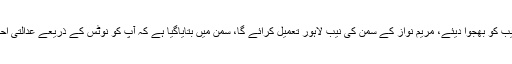
تفصیلات کے مطابق احتساب عدالت نے مریم نواز کے سمن تعمیل کے لیے نیب کو بھجوا دیئے، مریم نواز کے سمن کی نیب لاہور تعمیل کرائے گا، سمن میں بتایاگیا ہے کہ آپ کو نوٹس کے ذریعے عدالتی احکامات سے متعلق آگاہ کیا جاتا ہے، انیس جولائی کو ذاتی حثیت میں پیش ہوں۔